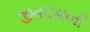
જીતાડવાની